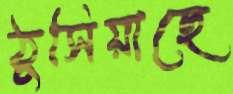
ঠুসিয়াছে